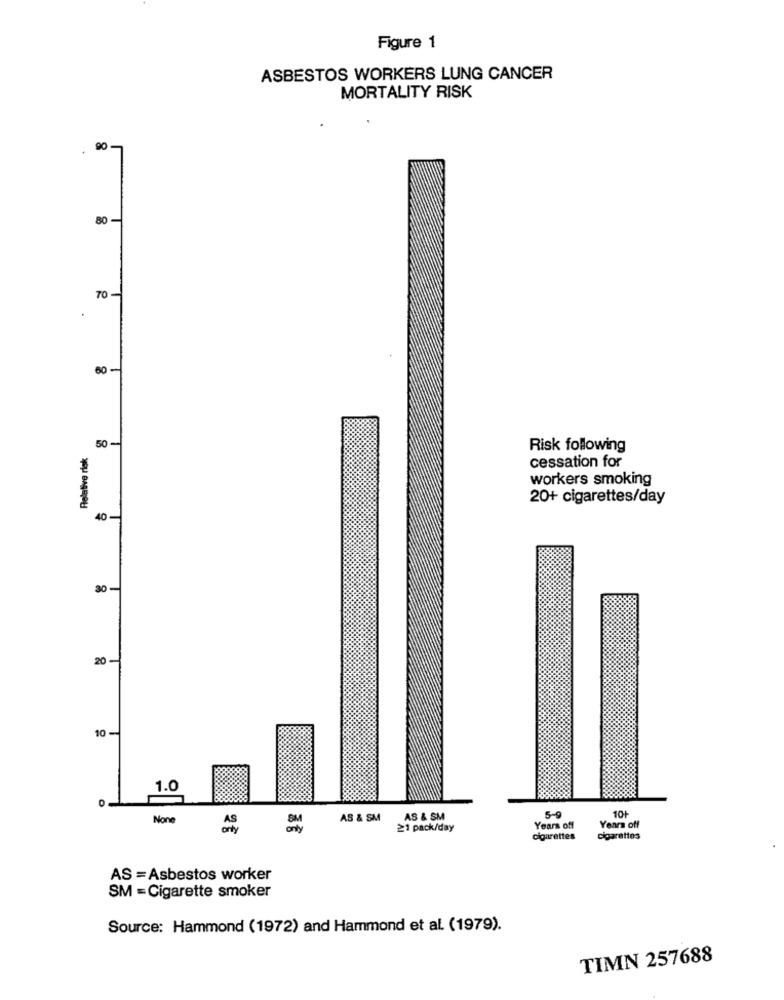
Figure 1
ASBESTOS WORKERS LUNG CANCER
MORTALITY RISK
90
80 -
70-
80
Relative risk
50 -
Risk following
cessation for
workers smoking
20+ cigarettes/day
30-
20 -
10-
AS & SM
AS & SM
5-9
10+
21 pack/day
Years off
Years off
cigarettes
cigarettes
AS = Asbestos worker
SM = Cigarette smoker
Source: Hammond (1972) and Hammond et al. (1979).
TIMN 257688